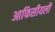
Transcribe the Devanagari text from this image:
आफिसीयली